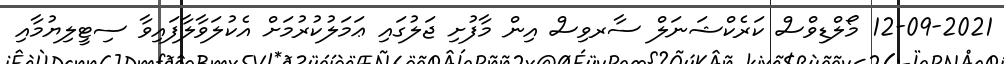
12-09-2021 މޯލްޑިވްސް ކަރެކްޝަނަލް ސާރވިސް އިން މާފުށި ޖަލުގައި ޢަމަލުކުރުމަށް އެކުލަވާލާފައިވާ ސިޓީލިޔުމާއި